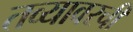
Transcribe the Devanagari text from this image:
तव्यावरची